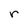
Character: r